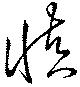
慎